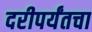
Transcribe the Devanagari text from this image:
दरीपर्यंतचा